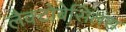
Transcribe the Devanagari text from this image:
लैक्टोबेसिलस